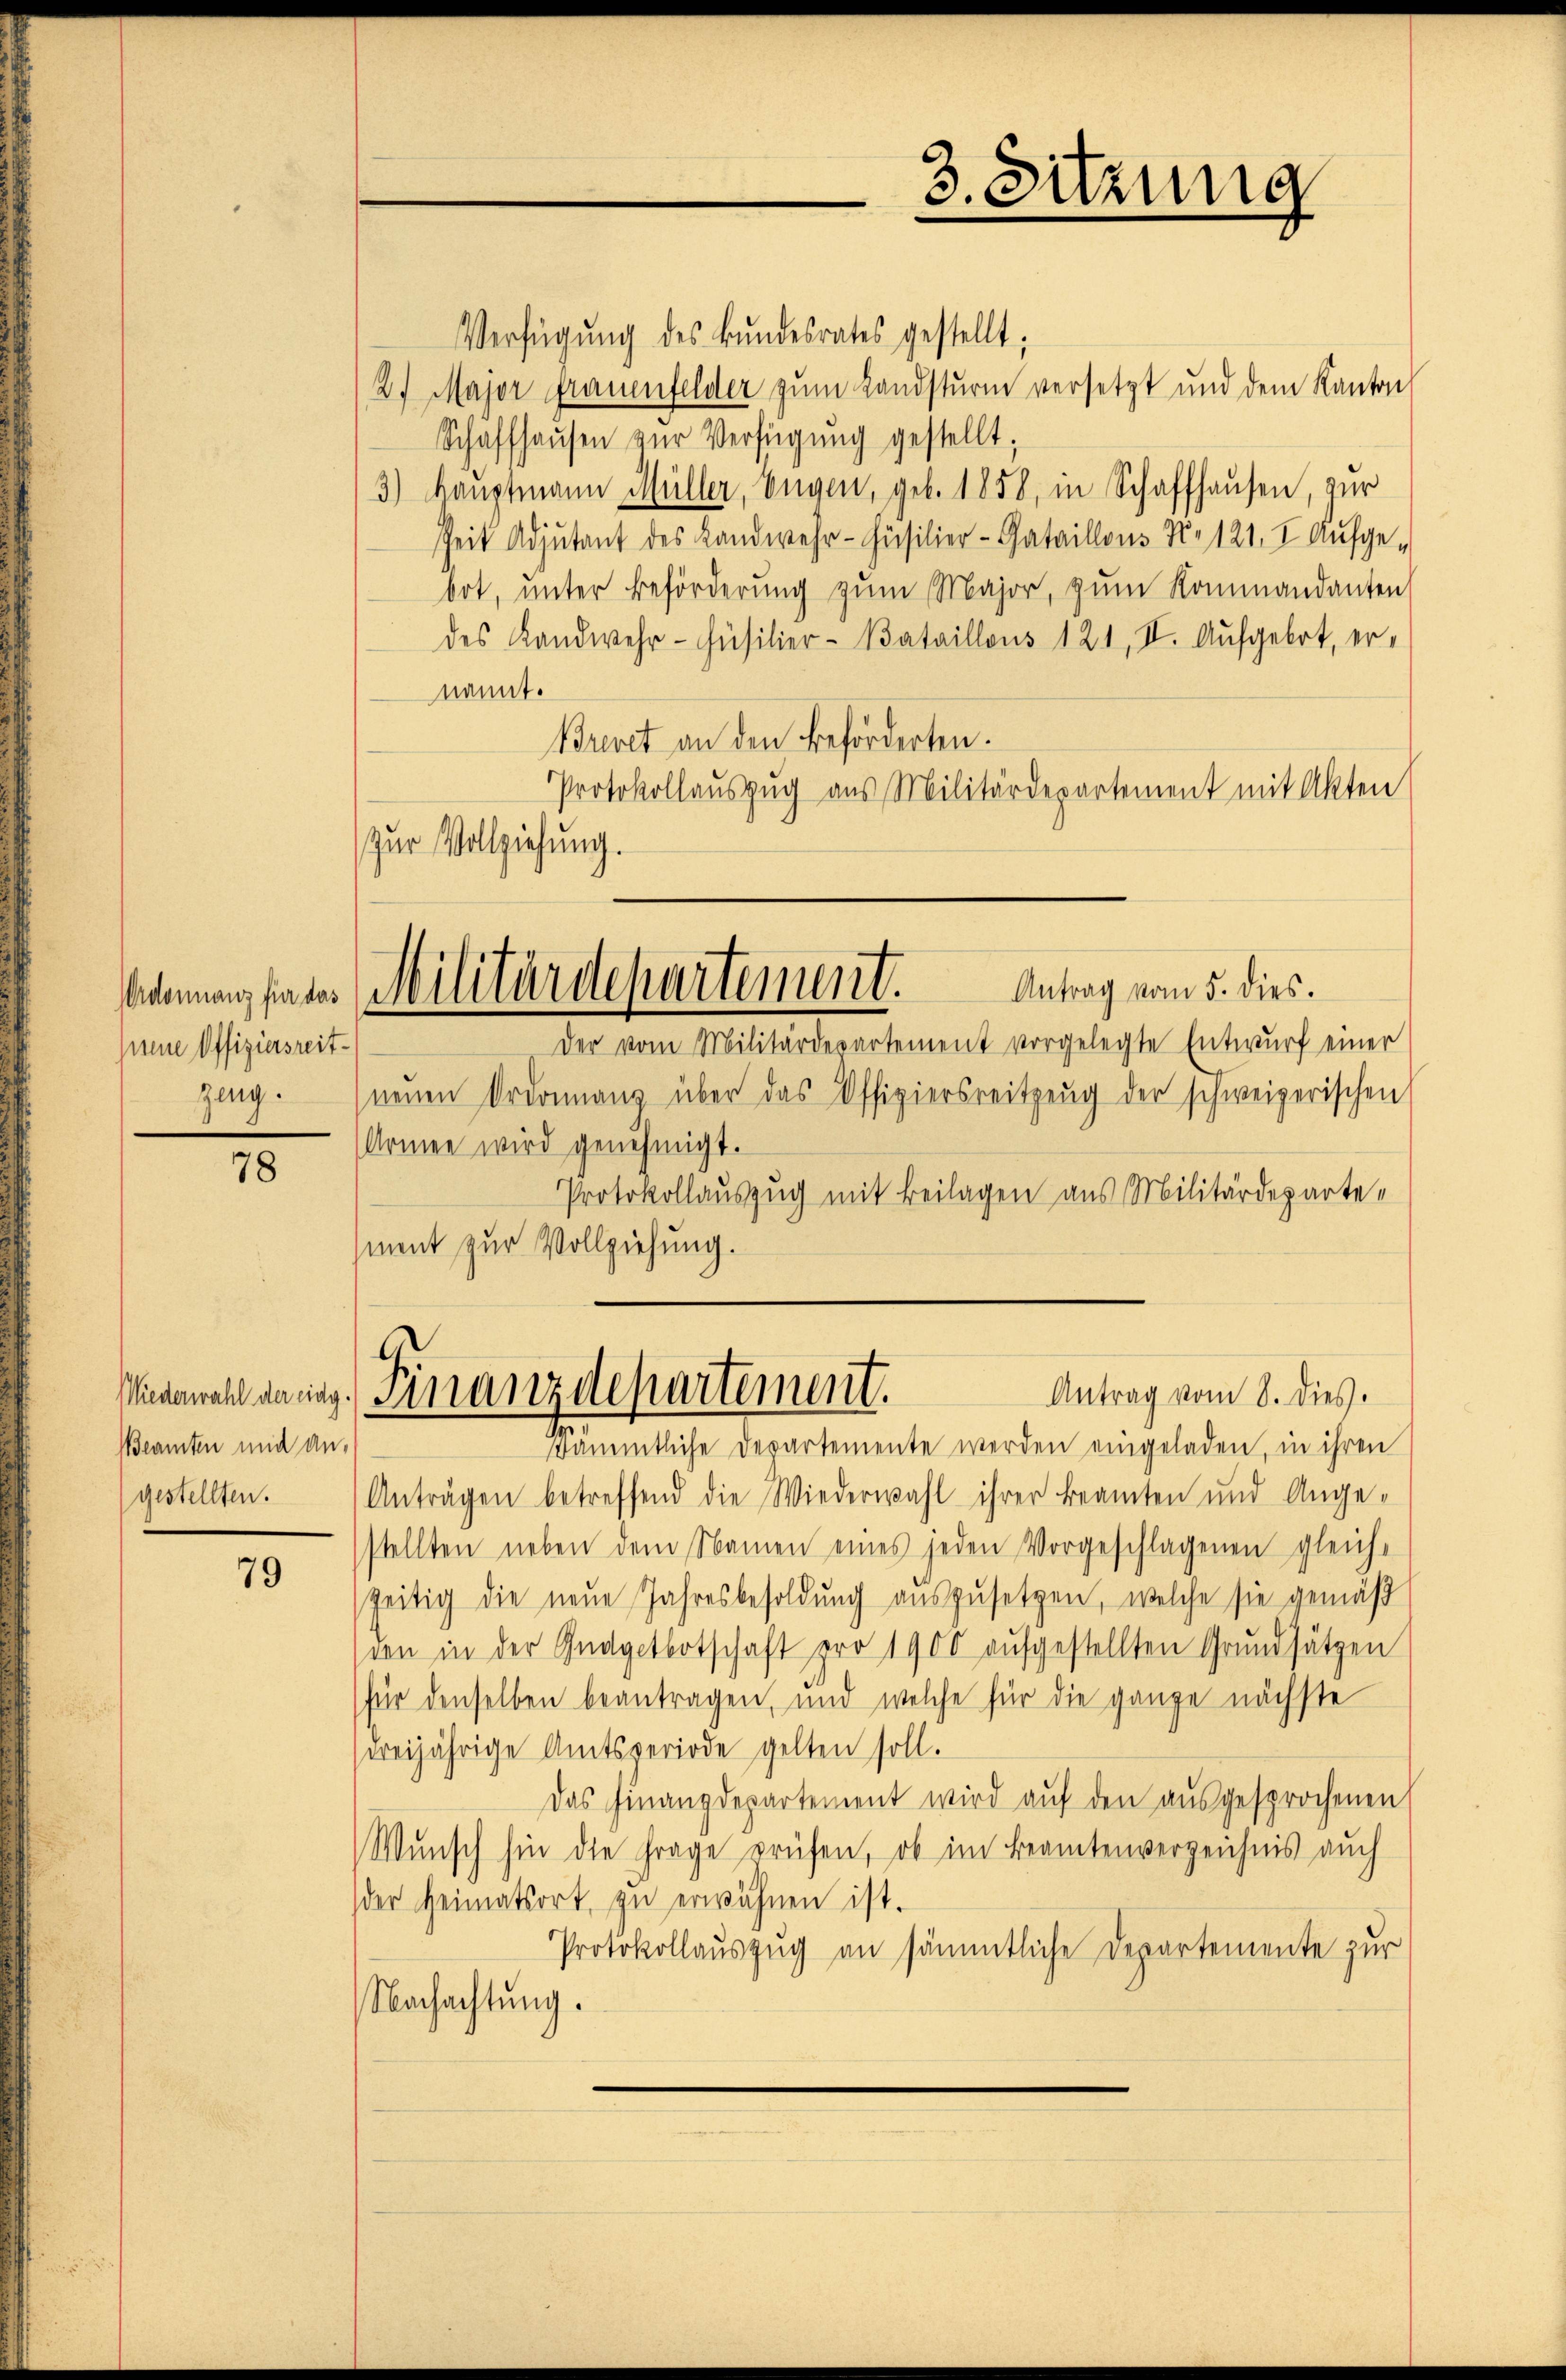
Ordonnanz für das
ssene Offiziersreit¬

78

Beamten und an-

79

Verfügŭng des Bŭndesrates gestellt;
2) Major Frauenfelder zŭm Landsturm versetzt und dem Kanton
Schaffhaŭsen zŭr Verfügŭng gestellt;
3) Hauptmann Müller, Eugen, geb. 1858, in Schaffhausen, zur
Zeit Adjutant des Landwehr-Füsilier-Gataillons No 121. I. Aufge-
bot, unter Beförderung zum Major, zum Kommandanten
des Landwehr-Füsilier-Bataillons 121, II. Aufgebot, er-
nannt.
Brevet an den Beförderten.
Protokollauszug aus Militärdepartement mit Akten
zur Vollziehung.

3. Sitzung

Der vom Militärdepartement vorgelegte Entwŭrf einer
zing. (neŭen Ordonnanz über das Offiziersreitzeŭg der schweizerischen
Armen wird genehmigt.
Protokollauszug mit Beilagen aus Militärdepartement zur Vollziehung.

Antrag vom 5. dies.
Militärdepartement.

Sämmtliche Departemente werden eingeladen, in ihren
gestellten. Anträgen betreffend die Wiederwahl ihrer Beamten und Ange-
stellten neben dem Namen eines jeden Vorgeschlagenen gleich-
zeitig die neŭe Jahresbesoldung auszusetzen, welche sie gemäß
den in der Gnagetbotschaft pro 1900 aufgestellten Grundsätzen
für denselben beantragen, und welche für die ganze nächste
dreijährige Amtsperiode gelten soll.
Das Finanzdepartement wird aŭf den ausgesprochenen
Wŭnsch hin die Frage prüfen, ob im Beamtenverzeichnis auch
der Heimatsort zŭ erwähnen ist.
Protokollauszug an sämmtliche Departemente zur
Nachachtung.

Antrag vom 8. dies.
Wiederwahl daring. Finanzdepartement.
.